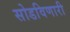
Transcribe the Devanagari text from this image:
सोडविणारी